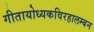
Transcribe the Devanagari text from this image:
गीतायोध्यकविरहालम्बन